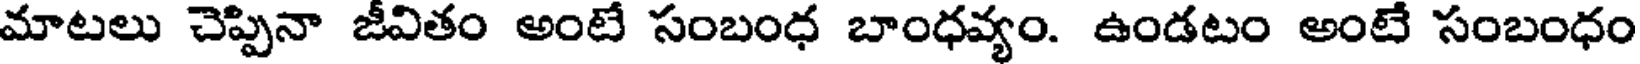
మాటలు చెప్పినా జీవితం అంటే సంబంధ బాంధవ్యం. ఉండటం అంటే సంబంధం